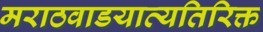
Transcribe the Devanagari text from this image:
मराठवाडयाव्यतिरिक्त